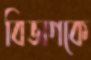
বিভাগকে